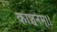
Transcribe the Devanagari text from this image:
काञ्चनम्।।